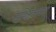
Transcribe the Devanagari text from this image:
समिक्षकांच्या